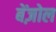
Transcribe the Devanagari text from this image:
बेंज़ोल